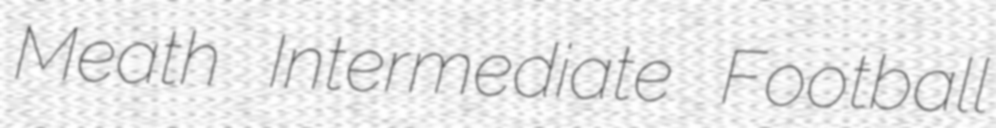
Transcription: Meath Intermediate Football